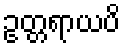
ဥတ္တရာယပိ